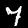
Digit: 7